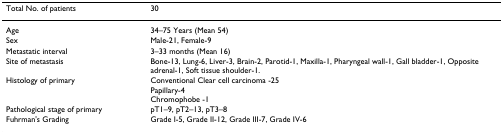
<table><thead><tr><td><b>Total No. of patients</b></td><td><b>30</b></td></tr></thead><tbody><tr><td>Age</td><td>34–75 Years (Mean 54)</td></tr><tr><td>Sex</td><td>Male-21, Female-9</td></tr><tr><td>Metastatic interval</td><td>3–33 months (Mean 16)</td></tr><tr><td>Site of metastasis</td><td>Bone-13, Lung-6, Liver-3, Brain-2, Parotid-1, Maxilla-1, Pharyngeal wall-1, Gall bladder-1, Opposite adrenal-1, Soft tissue shoulder-1.</td></tr><tr><td>Histology of primary</td><td>Conventional Clear cell carcinoma -25Papillary-4Chromophobe -1</td></tr><tr><td>Pathological stage of primary</td><td>pT1–9, pT2–13, pT3–8</td></tr><tr><td>Fuhrman&#x27;s Grading</td><td>Grade I-5, Grade II-12, Grade III-7, Grade IV-6</td></tr></tbody></table>